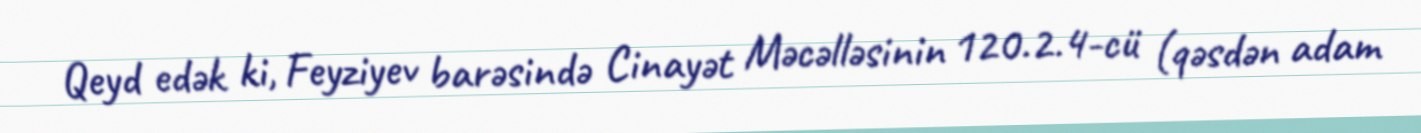
Qeyd edək ki, Feyziyev barəsində Cinayət Məcəlləsinin 120.2.4-cü (qəsdən adam